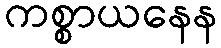
ကစ္စာယနေန